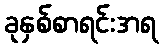
ခုနှစ်စာရင်းအရ